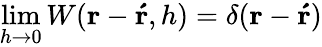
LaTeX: \operatorname*{lim}_{h\to 0}W(\boldsymbol{\mathbf{r}}-\boldsymbol{\mathbf{\acute{r}}},h)=\delta(\boldsymbol{\mathbf{r}}-\boldsymbol{\mathbf{\acute{r}}})